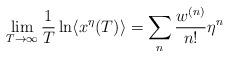
LaTeX: \begin{align*} \lim \limits_{T \to \infty} \frac 1T \ln \langle {x^\eta (T)} \rangle = \mathop \sum \limits_n \frac{w^{(n)}}{{n!}}\eta^n\end{align*}